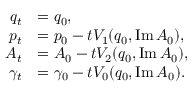
\begin{array} { r l } { q _ { t } } & { = q _ { 0 } , } \\ { p _ { t } } & { = p _ { 0 } - t V _ { 1 } ( q _ { 0 } , \operatorname { I m } A _ { 0 } ) , } \\ { A _ { t } } & { = A _ { 0 } - t V _ { 2 } ( q _ { 0 } , \operatorname { I m } A _ { 0 } ) , } \\ { \gamma _ { t } } & { = \gamma _ { 0 } - t V _ { 0 } ( q _ { 0 } , \operatorname { I m } A _ { 0 } ) . } \end{array}